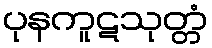
ပုနကူဋသုတ္တံ